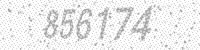
Solution: 856174